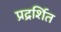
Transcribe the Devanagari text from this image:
प्रद्रर्शित